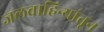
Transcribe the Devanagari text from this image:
जलवाहिन्यांतून